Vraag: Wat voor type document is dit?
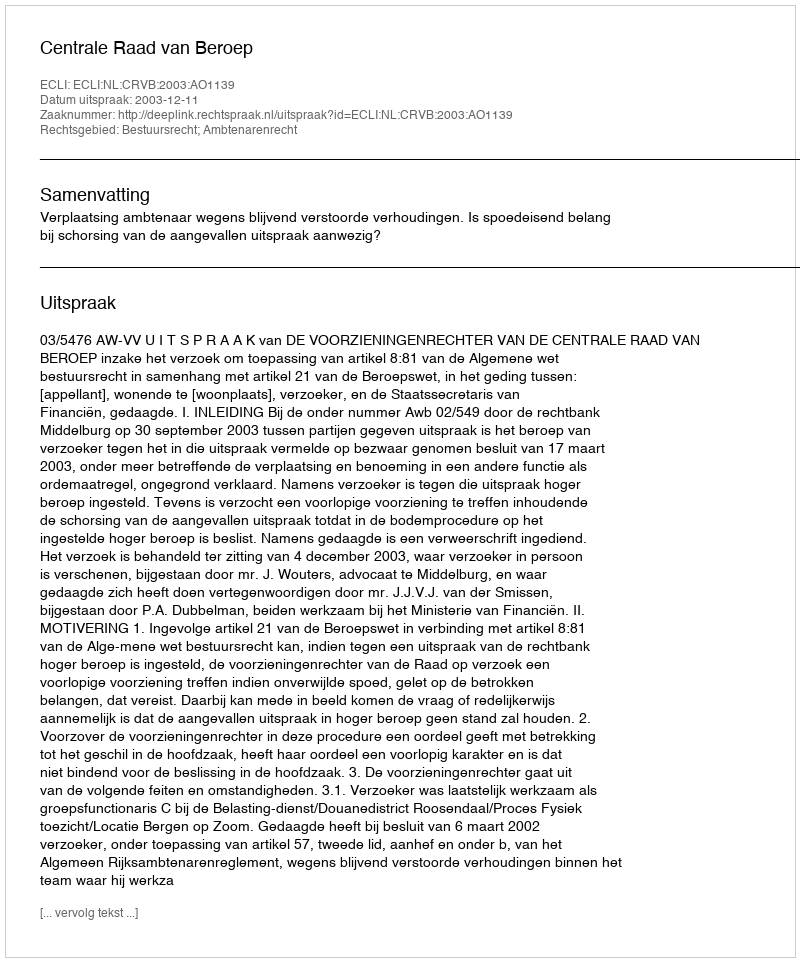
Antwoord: Uitspraak